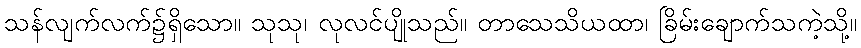
သန်လျက်လက်၌ရှိသော။ သုသု၊ လုလင်ပျိုသည်။ တာသေသိယထာ၊ ခြိမ်းချောက်သကဲ့သို့။